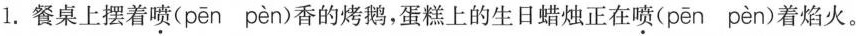
1.餐桌上摆着喷( pēn pèn )香的烤鹅，蛋糕上的生日蜡烛正在喷( pēn pèn )着焰火。